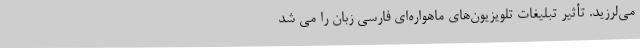
می‌لرزید. تأثیر تبلیغات تلویزیون‌های ماهواره‌ای فارسی زبان را می شد